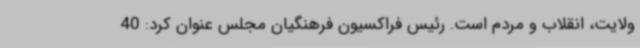
ولایت، انقلاب و مردم است. رئیس فراکسیون فرهنگیان مجلس عنوان کرد: 40